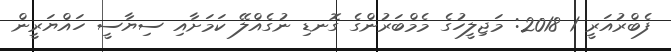
ފެބްރުއަރީ 1 2018: މަޖިލީހުގެ މެމްބަރުންގެ ގޮނޑި ނުގެއްލޭ ކަމަށާއި ސިޔާސީ ހައްޔަރީން